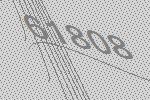
61808